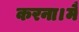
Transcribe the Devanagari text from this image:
करना।मैं